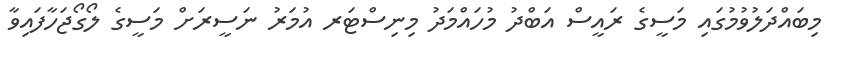
މިބައްދަލުވުމުގައި މަސީގެ ރައީސް އަބްދު މުހައްމަދު މިނިސްޓަރ އުމަރު ނަސީރަށް މަސީގެ ލޯގޯޖަހާފައިވާ